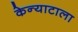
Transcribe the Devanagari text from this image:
केन्याटाला